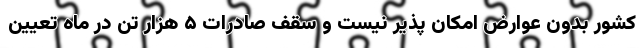
کشور بدون عوارض امکان پذیر نیست و سقف صادرات ۵ هزار تن در ماه تعیین